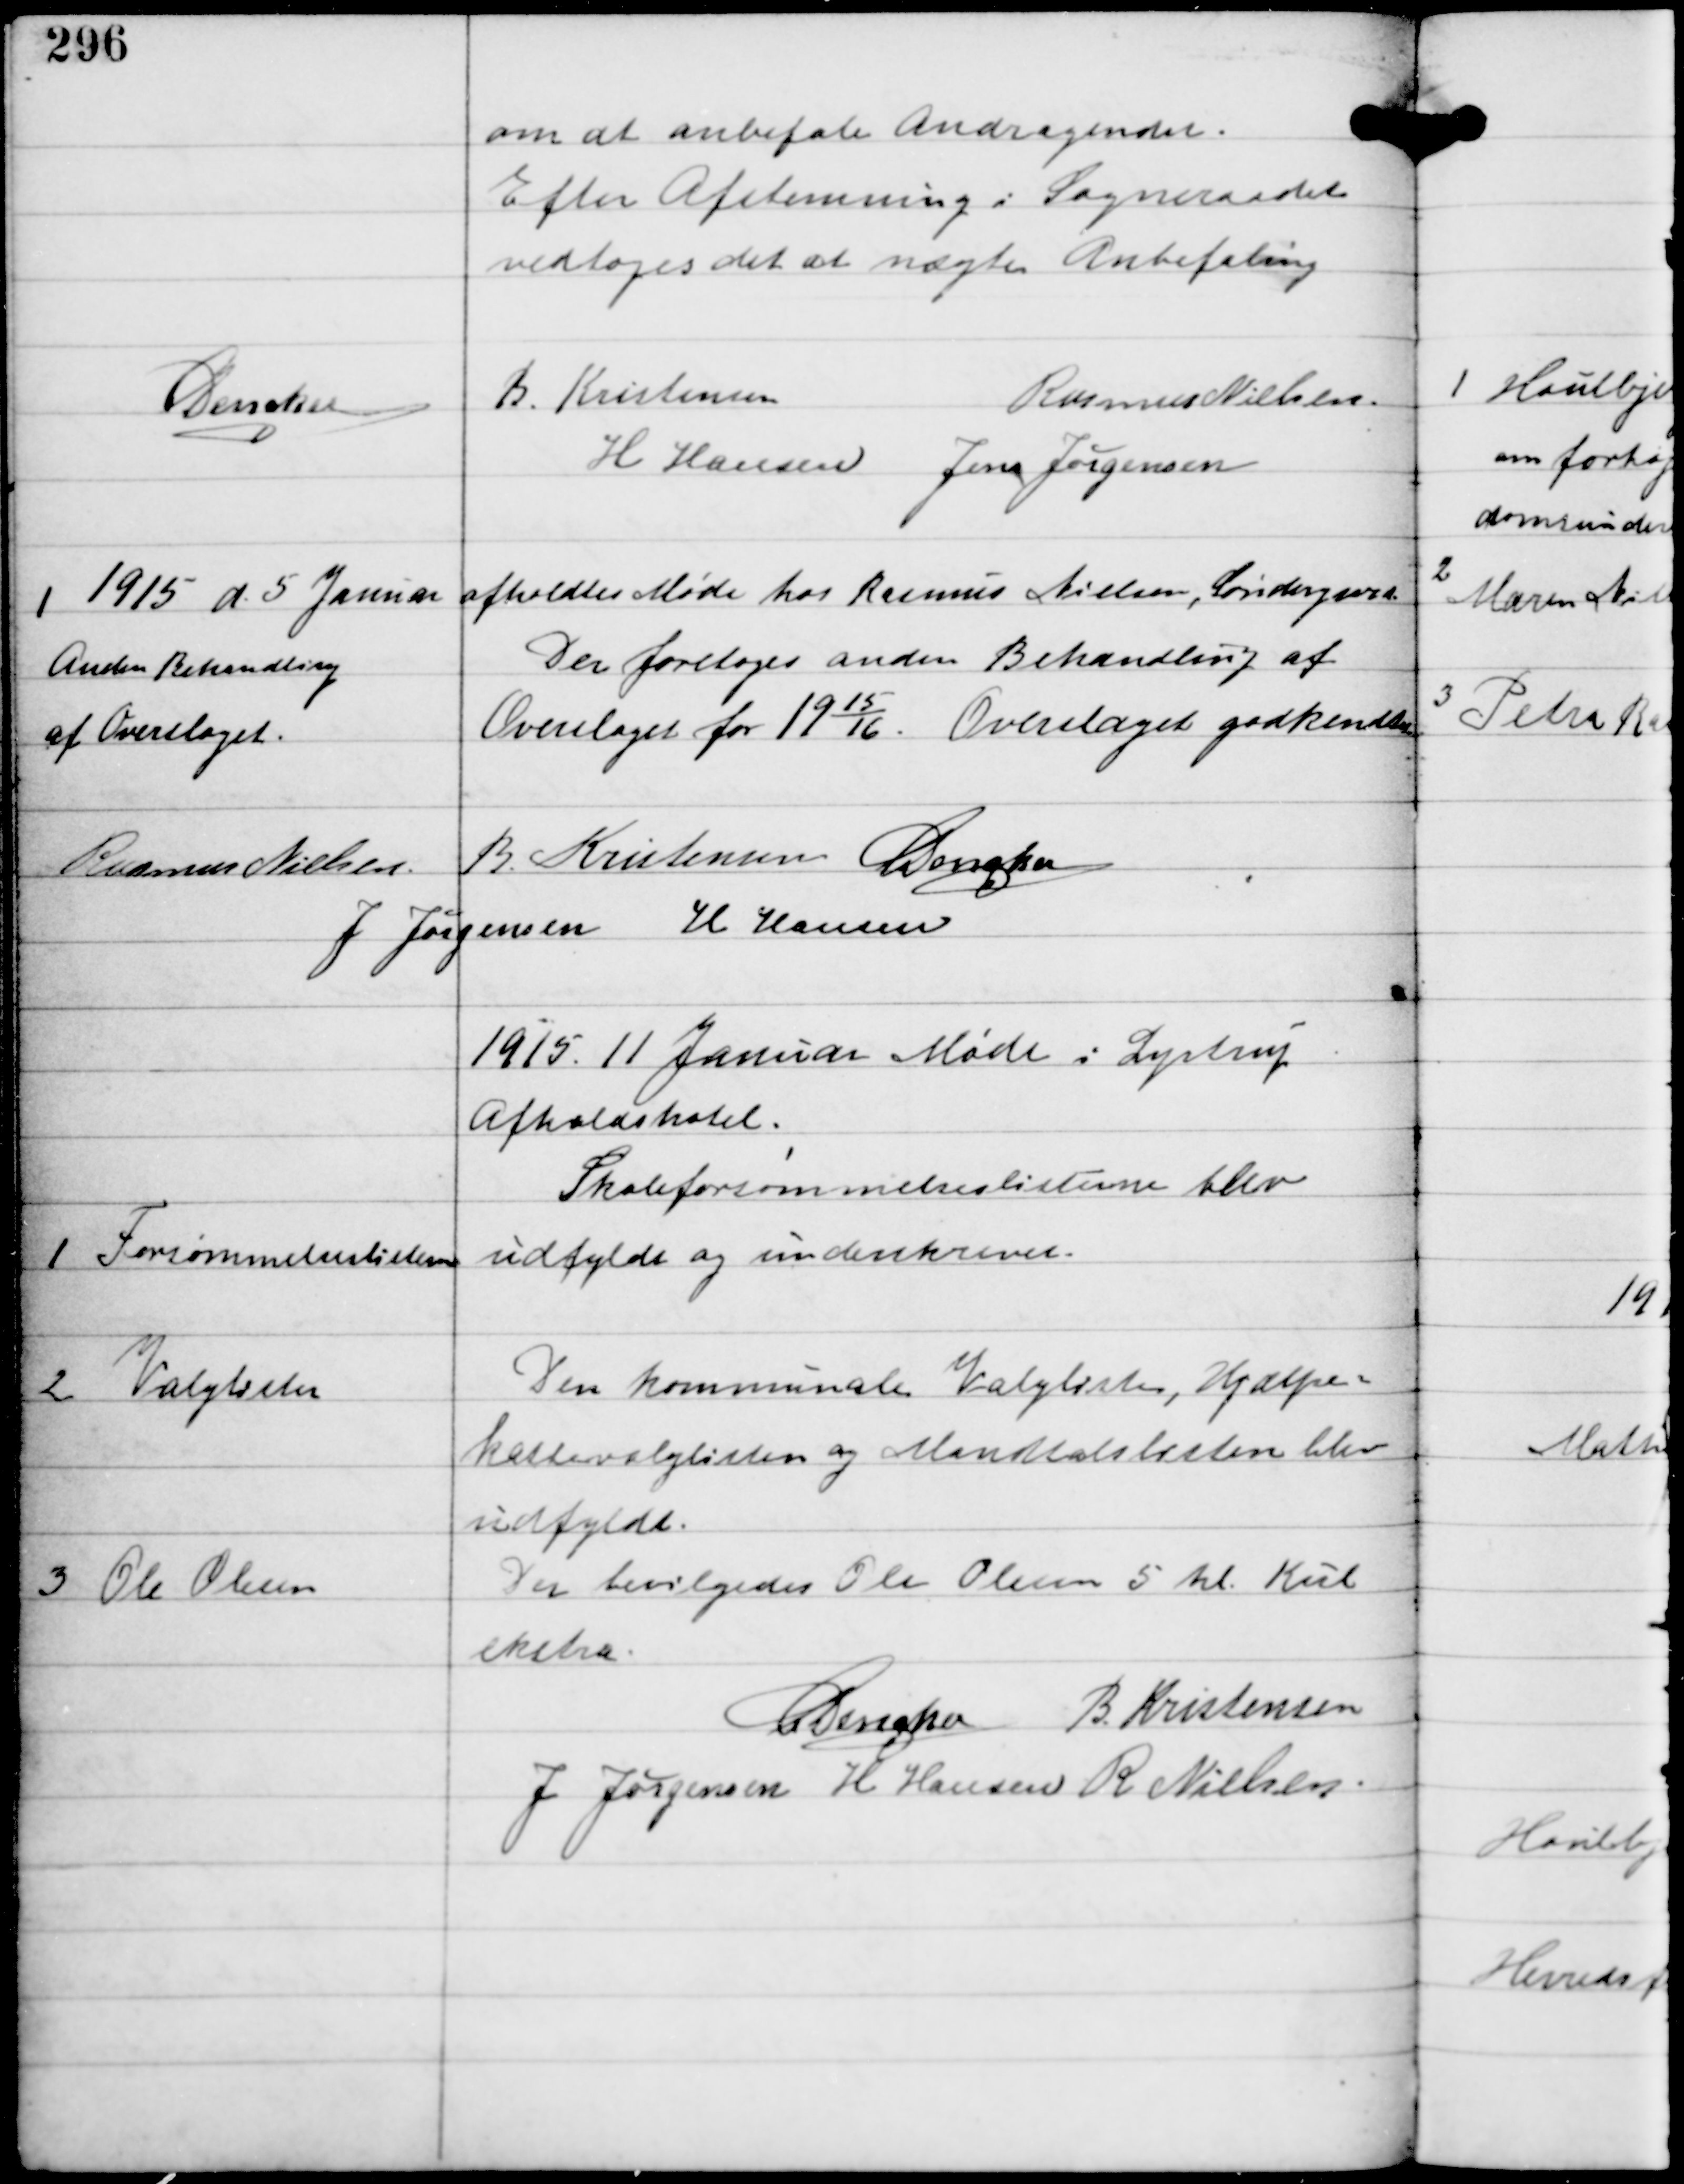
Transskription:
om at anbefale Andragendet.
Efter Afstemning i Sogneraadet
vedtoges det at nægte Anbefaling

C Dencker
B Kristensen
Rasmus Nielsen
H Hansen Jens Jørgensen

I 1915 d. 5 Januar afholdtes Møde hos Rasmus Nielsen, Søndergaard

Anden Behandling
af Overslaget

Der foretoges anden Behandling af
Overslaget for 19
15
16.
Overslaget godkendtes

Rasmus Nielsen
B Kristensen C Dencker
J Jørgensen H Hansen

1915 11 Januar Møde i Lystrup
Afholdshotel

1

Forsømmelseslisten

Skoleforsømmelseslisten blev
udfyldt og underskrevet.

2

Valglister

Den kommunale Valgliste, Hjælpe-
kassevalglisten og Mandtalslisten blev
udfyldt.

3

Ole Olesen

Der bevilgedes Ole Olesen 5 hl Kul
ekstra.

C Dencker B Kristensen
J Jørgensen H Hansen R Nielsen